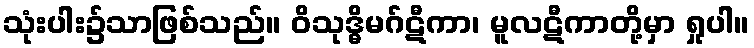
သုံးပါး၌သာဖြစ်သည်။ ဝိသုဒ္ဓိမဂ်ဋီကာ၊ မူလဋီကာတို့မှာ ရှုပါ။